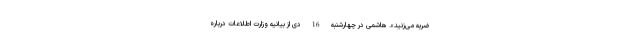
ضربه مى‌زنید». هاشمی در چهارشنبه 16 دی از بیانیه وزارت اطلاعات درباره